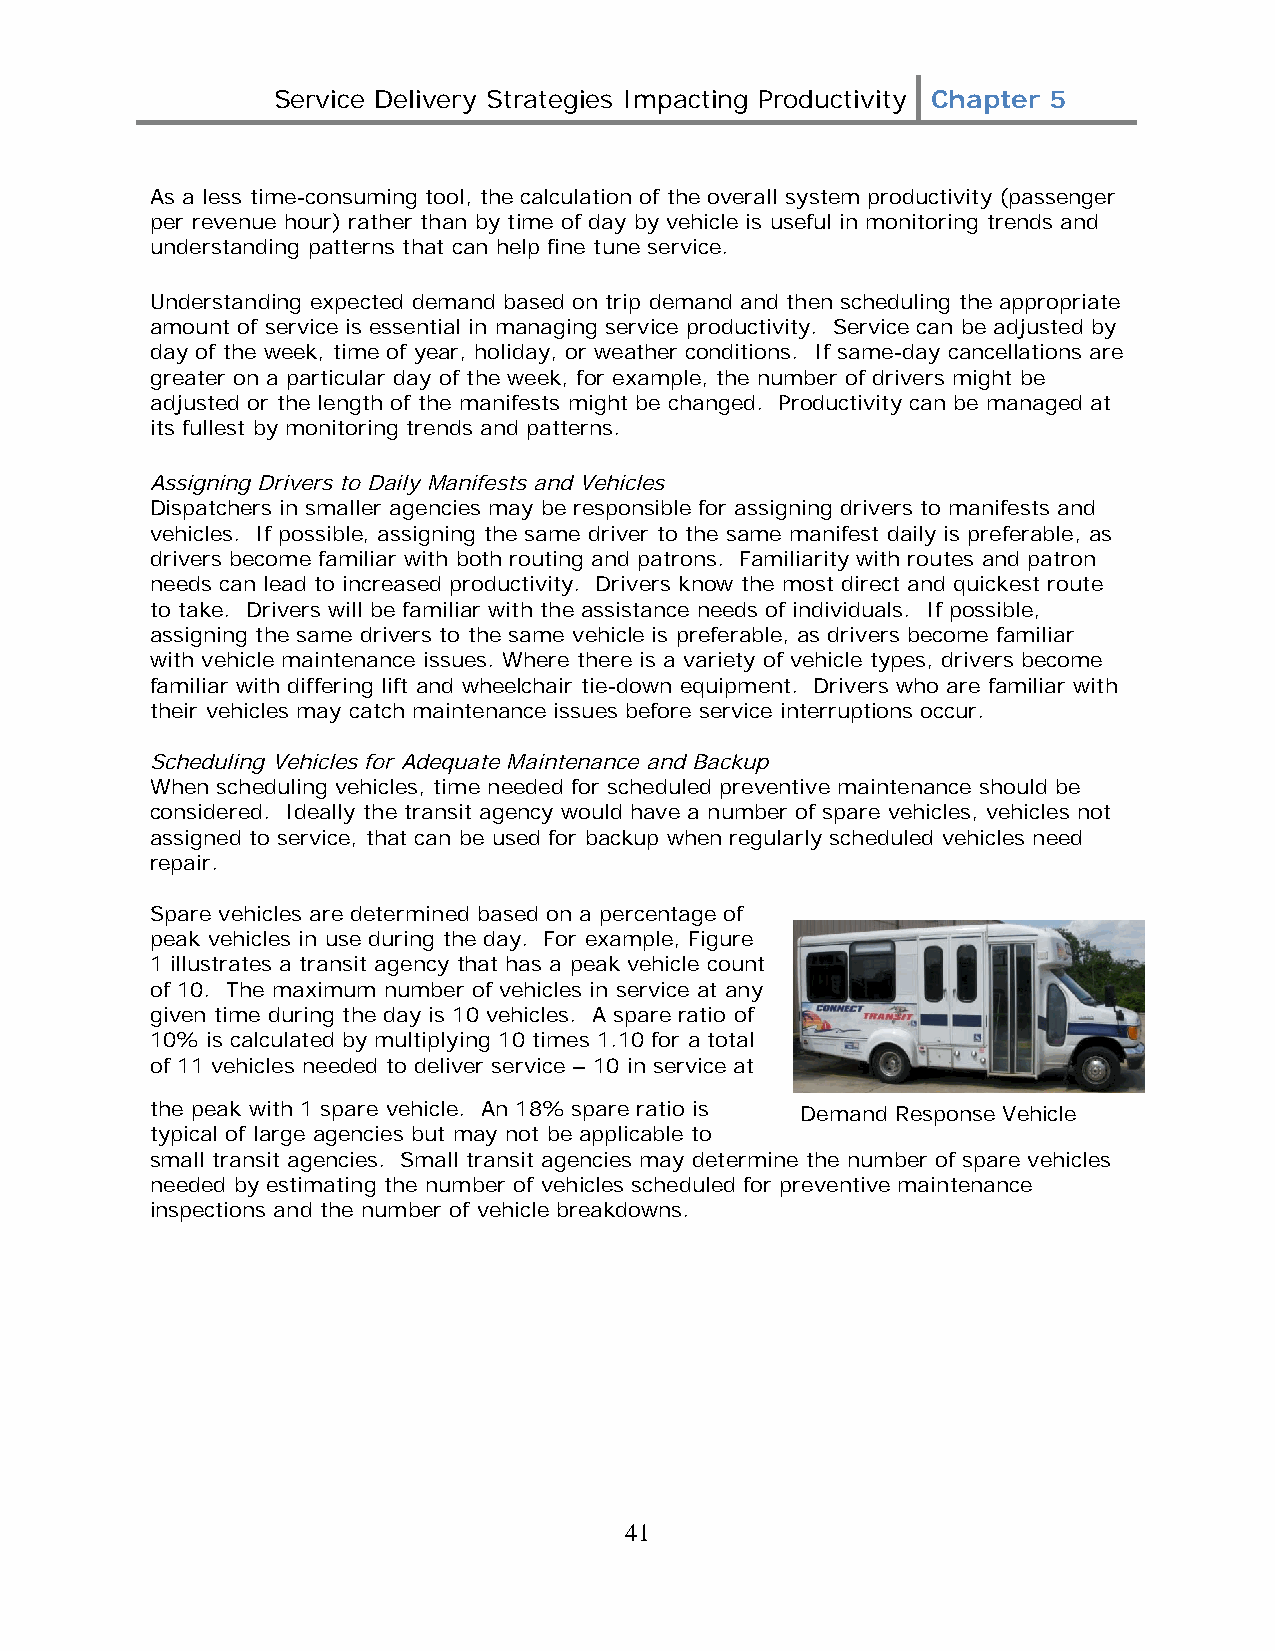
Service Delivery Strategies Impacting Productivity Chapter 5
 As a less time-consuming tool, the calculation of the overall system productivity (passenger
 per revenue hour) rather than by time of day by vehicle is useful in monitoring trends and
 understanding patterns that can help fine tune service.
 Understanding expected demand based on trip demand and then scheduling the appropriate
 amount of service is essential in managing service productivity. Service can be adjusted by
 day of the week, time of year, holiday, or weather conditions. If same-day cancellations are
 greater on a particular day of the week, for example, the number of drivers might be
 adjusted or the length of the manifests might be changed. Productivity can be managed at
 its fullest by monitoring trends and patterns.
 Assigning Drivers to Daily Manifests and Vehicles
 Dispatchers in smaller agencies may be responsible for assigning drivers to manifests and
 vehicles. If possible, assigning the same driver to the same manifest daily is preferable, as
 drivers become familiar with both routing and patrons. Familiarity with routes and patron
 needs can lead to increased productivity. Drivers know the most direct and quickest route
 to take. Drivers will be familiar with the assistance needs of individuals. If possible,
 assigning the same drivers to the same vehicle is preferable, as drivers become familiar
 with vehicle maintenance issues. Where there is a variety of vehicle types, drivers become
 familiar with differing lift and wheelchair tie-down equipment. Drivers who are familiar with
 their vehicles may catch maintenance issues before service interruptions occur.
 Scheduling Vehicles for Adequate Maintenance and Backup
 When scheduling vehicles, time needed for scheduled preventive maintenance should be
 considered. Ideally the transit agency would have a number of spare vehicles, vehicles not
 assigned to service, that can be used for backup when regularly scheduled vehicles need
 repair.
 Spare vehicles are determined based on a percentage of
 peak vehicles in use during the day. For example, Figure
 1 illustrates a transit agency that has a peak vehicle count
 of 10. The maximum number of vehicles in service at any
 given time during the day is 10 vehicles. A spare ratio of
 10% is calculated by multiplying 10 times 1.10 for a total
 of 11 vehicles needed to deliver service – 10 in service at
 the peak with 1 spare vehicle. An 18% spare ratio is Demand Response Vehicle
 typical of large agencies but may not be applicable to
 small transit agencies. Small transit agencies may determine the number of spare vehicles
 needed by estimating the number of vehicles scheduled for preventive maintenance
 inspections and the number of vehicle breakdowns.
 41